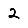
Digit: 2